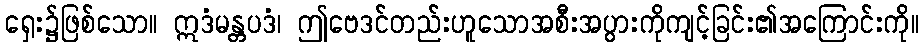
ရှေး၌ဖြစ်သော။ ဣဒံမန္တပဒံ၊ ဤဗေဒင်တည်းဟူသောအစီးအပွားကိုကျင့်ခြင်း၏အကြောင်းကို။